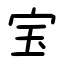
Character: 宝